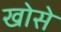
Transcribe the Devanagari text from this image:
खोसे